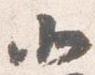
北